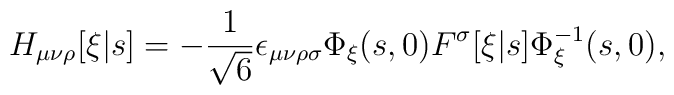
H_{\mu\nu\rho}[\xi|s] = - \frac{1}{\sqrt{6}}\epsilon_{\mu\nu\rho\sigma}   \Phi_\xi(s, 0) F^\sigma[\xi|s] \Phi_\xi^{-1}(s, 0),